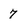
Character: 7